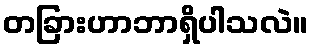
တခြားဟာဘာရှိပါသလဲ။